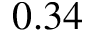
0 . 3 4